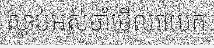
ស្លាប់អស់ចាំមើលវាយក